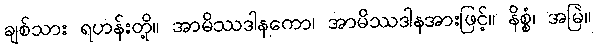
ချစ်သား ရဟန်းတို့။ အာမိဿဒါနကော၊ အာမိဿဒါနအားဖြင့်။ နိစ္စံ၊ အမြဲ။